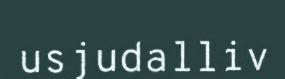
usjudalliv